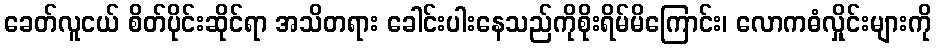
ခေတ်လူငယ် စိတ်ပိုင်းဆိုင်ရာ အသိတရား ခေါင်းပါးနေသည်ကိုစိုးရိမ်မိကြောင်း၊ လောကဓံလှိုင်းများကို